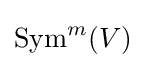
{\text{Sym}}^{m}(V)